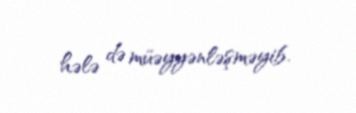
hələ də müəyyənləşməyib.